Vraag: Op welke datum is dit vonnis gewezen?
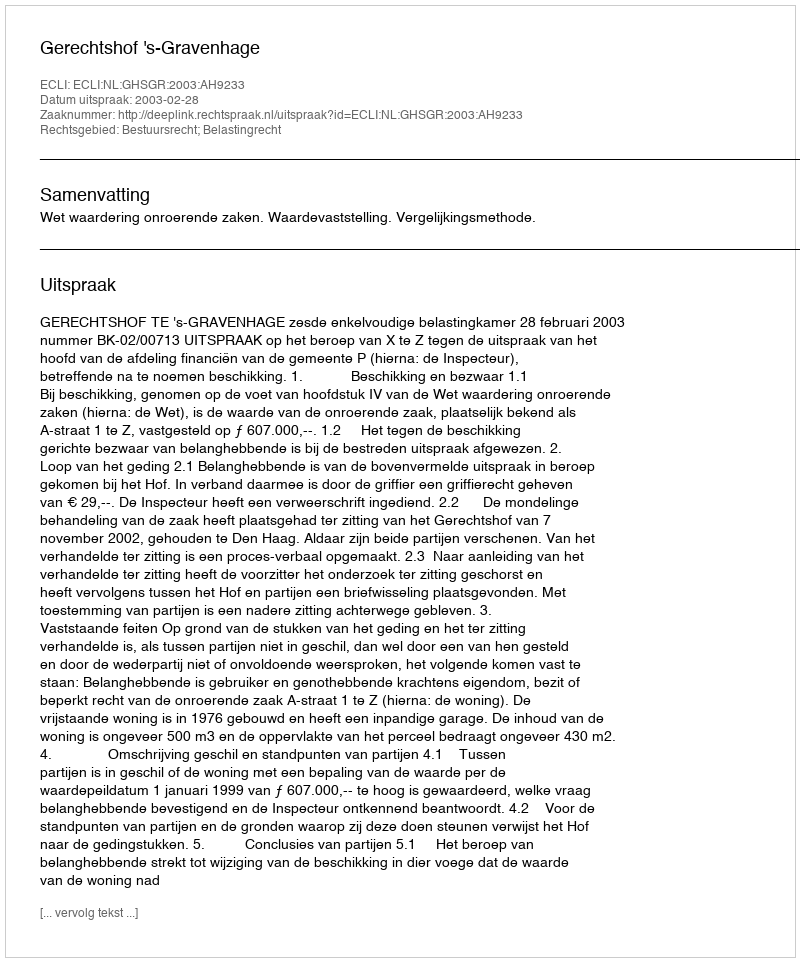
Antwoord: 2003-02-28